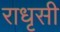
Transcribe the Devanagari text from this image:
राधृसी